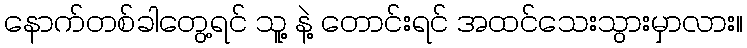
နောက်တစ်ခါတွေ့ရင် သူ့ နဲ့ တောင်းရင် အထင်သေးသွားမှာလား။